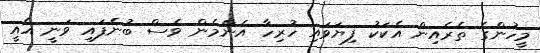
މީހުންގެ ތެރެއިން އެކަކު ފިޔަވައި ހުރިހާ އެންމެން ވެސް ބުނެފައި ވަނީ އެއީ